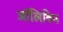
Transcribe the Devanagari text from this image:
ऑलिविन